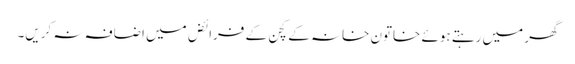
گھر میں رہتے ہوئے خاتون خانہ کے کچن کے فرائض میں اضافہ نہ کریں۔